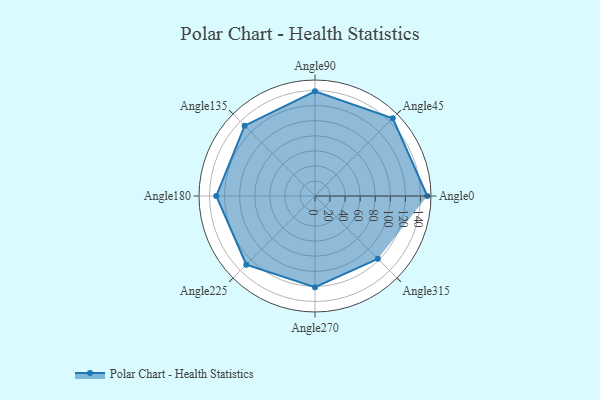
{"axis": {"x": "Angle", "y": "Radius"}, "legend": [""], "data": [{"x": "Angle0", "y": 149.0, "type": ""}, {"x": "Angle45", "y": 146.0, "type": ""}, {"x": "Angle90", "y": 139.0, "type": ""}, {"x": "Angle135", "y": 132.0, "type": ""}, {"x": "Angle180", "y": 131.0, "type": ""}, {"x": "Angle225", "y": 129.0, "type": ""}, {"x": "Angle270", "y": 121.0, "type": ""}, {"x": "Angle315", "y": 118.0, "type": ""}]}